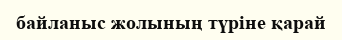
байланыс жолының түріне қарай